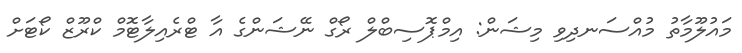
މައުލޫމާތު މުއްސަނދިވި މިޝަން: އިމްޕޮސިބްލް ރޯގް ނޭޝަންގެ އާ ޓްރެއިލާޓޮމް ކްރޫޒް ކޯޓަށް